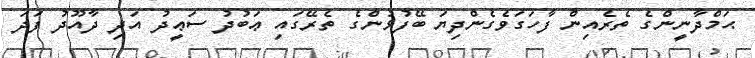
ޙަމްދާނީންގެ ތެރެއިން ފާހަގަވެގެންދިޔަ ބޭފުޅުންގެ ތެރޭގައި ޢަބުދު ސަޢީދު އަދި ދާއޫދު ފަދަ